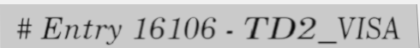
# Entry 16106 - TD2_VISA